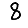
Digit: 8